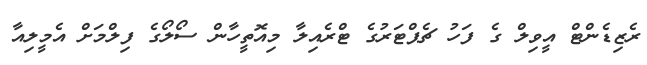
ރެޒިޑެންޓް އީވިލް ގެ ފަހު ޗެޕްޓަރުގެ ޓްރެއިލާ މިއޮތީހާން ސޯލޯގެ ފިލްމަށް އެމީލިއާ